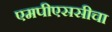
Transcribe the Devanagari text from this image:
एमपीएससीचा